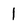
Character: 1